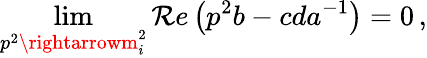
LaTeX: \operatorname*{lim}_{p^{2}\rightarrowm_{i}^{2}}\mathcal{R}e\left(p^{2}b-cda^{-1}\right)=0\, ,